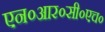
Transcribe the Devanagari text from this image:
एन०आर०सी०एच०